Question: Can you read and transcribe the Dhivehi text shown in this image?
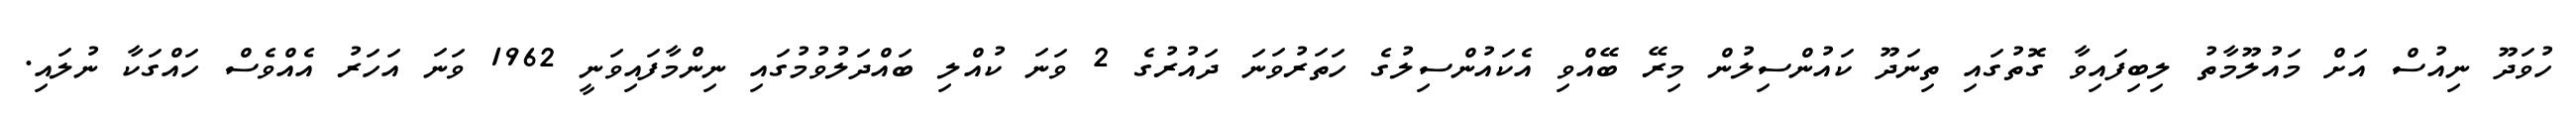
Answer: ހުވަދޫ ނިއުސް އަށް މައުލޫމާތު ލިބިފައިވާ ގޮތުގައި ތިނަދޫ ކައުންސިލުން މިރޭ ބޭއްވި އެކައުންސިލުގެ ހަތަރުވަނަ ދައުރުގެ 2 ވަނަ ކުއްލި ބައްދަލުވުމުގައި ނިންމާފައިވަނީ 1962 ވަނަ އަހަރު އެއްވެސް ހައްގަކާ ނުލައި.